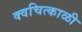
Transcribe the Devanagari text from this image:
क्वचित्काळी